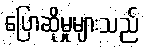
ပြောဆိုမှုများသည်